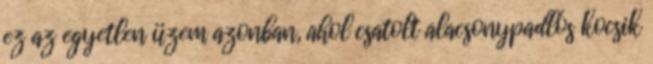
ez az egyetlen üzem azonban, ahol csatolt alacsonypadlós kocsik